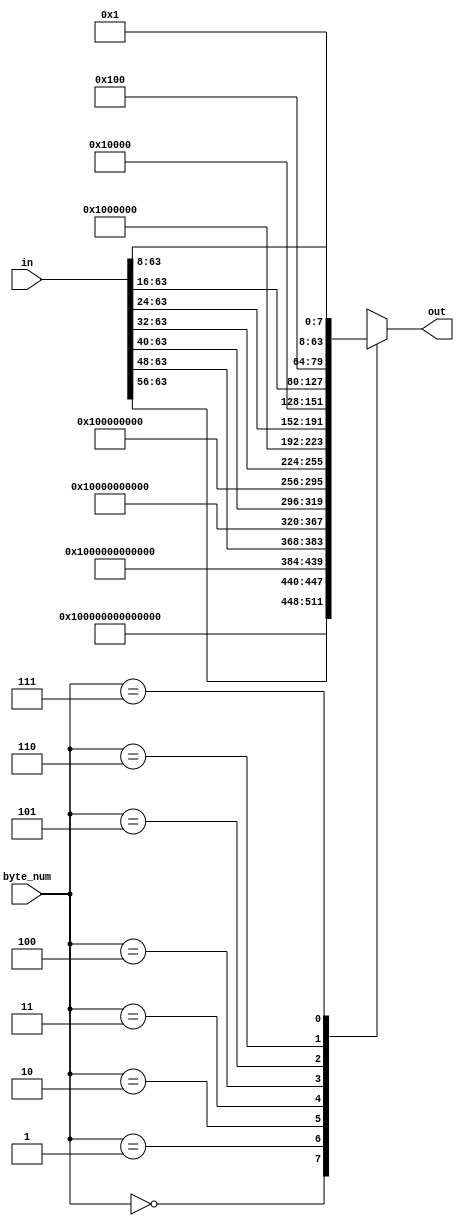
/*
 * Copyright 2013, Homer Hsing <homer.hsing@gmail.com>
 *
 * Licensed under the Apache License, Version 2.0 (the "License");
 * you may not use this file except in compliance with the License.
 * You may obtain a copy of the License at
 *
 * http://www.apache.org/licenses/LICENSE-2.0
 *
 * Unless required by applicable law or agreed to in writing, software
 * distributed under the License is distributed on an "AS IS" BASIS,
 * WITHOUT WARRANTIES OR CONDITIONS OF ANY KIND, either express or implied.
 * See the License for the specific language governing permissions and
 * limitations under the License.
 */

module padder1_h(in, byte_num, out);
    input      [63:0] in;
    input      [2:0]  byte_num;
    output reg [63:0] out;
    
    always @ (*)
      case (byte_num)
        0: out =             64'h0100000000000000;
        1: out = {in[63:56], 56'h01000000000000};
        2: out = {in[63:48], 48'h010000000000};
        3: out = {in[63:40], 40'h0100000000};
        4: out = {in[63:32], 32'h01000000};
        5: out = {in[63:24], 24'h010000};
        6: out = {in[63:16], 16'h0100};
        7: out = {in[63:8],   8'h01};
      endcase
endmodule